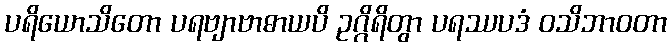
ပရိယောသိတော ပရဗျာဗာဓာယပိ ဥဂ္ဂိရိတွာ ပရဿပဒံ ဝသိဘာဝတာ